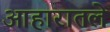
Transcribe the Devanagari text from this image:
आहारातले